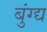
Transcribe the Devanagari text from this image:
बुंग्द्य